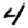
Digit: 4